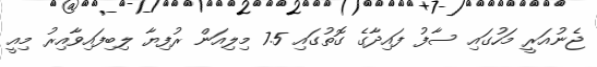
ޖެނުއަރީ މަހުގައި ސާފު ފައިދާގެ ގޮތުގައި 7.5 މިލިއަން ރުފިޔާ ލިބިފައިވާއިރު މިއީ